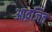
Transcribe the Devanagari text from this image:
आव्रजित